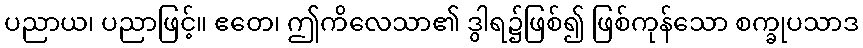
ပညာယ၊ ပညာဖြင့်။ ဧတေ၊ ဤကိလေသာ၏ ဒွါရ၌ဖြစ်၍ ဖြစ်ကုန်သော စက္ခုပသာဒ